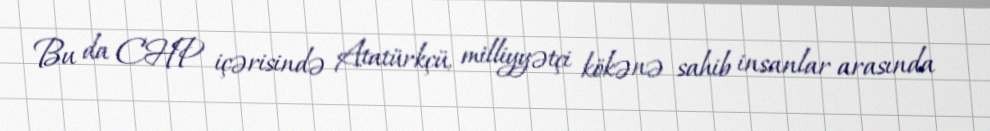
Bu da CHP içərisində Atatürkçü, milliyyətçi kökənə sahib insanlar arasında